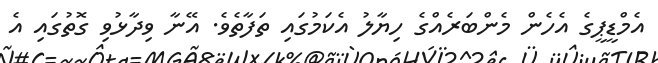
އެމްޑީޕީގެ އެހެން މެންބަރެއްގެ ހިޔާލު އެކަމުގައި ތަފާތެވެ. އޭނާ ވިދާޅުވި ގޮތުގައި އެ